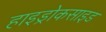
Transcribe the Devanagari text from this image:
हाइड्रोकसाइड